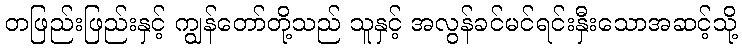
တဖြည်းဖြည်းနှင့် ကျွန်တော်တို့သည် သူနှင့် အလွန်ခင်မင်ရင်းနှီးသောအဆင့်သို့